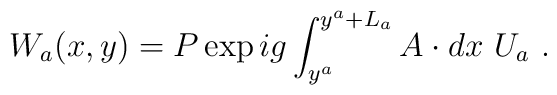
W_a(x,y)=P\exp{ig\int_{y^a}^{y^a+L_a} A\cdot dx}~U_a~.